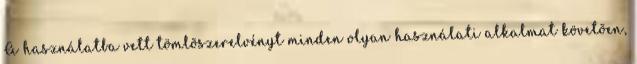
A használatba vett tömlõszerelvényt minden olyan használati alkalmat követõen,